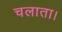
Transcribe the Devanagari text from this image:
चलाता।